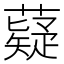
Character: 薿